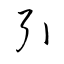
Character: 引